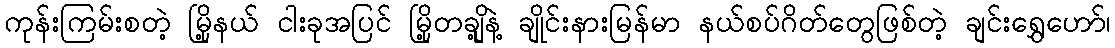
ကုန်းကြမ်းစတဲ့ မြို့နယ် ငါးခုအပြင် မြို့တချို့နဲ့ ချိုင်းနားမြန်မာ နယ်စပ်ဂိတ်တွေဖြစ်တဲ့ ချင်းရွှေဟော်၊